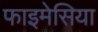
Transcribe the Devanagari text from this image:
फाइमेसिया